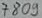
Text: 7809